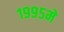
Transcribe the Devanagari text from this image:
१९९५मे